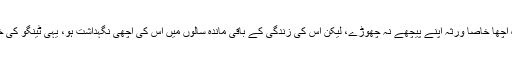
بھلے ہی وہ اچھا خاصا ورثہ اپنے پیچھے نہ چھوڑے، لیکن اس کی زندگی کے باقی ماندہ سالوں میں اس کی اچھی نگہداشت ہو، یہی ٹینگو کی خواہش تھی۔